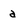
Character: a